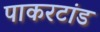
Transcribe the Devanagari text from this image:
पाकरटांड